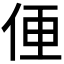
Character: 𱎮